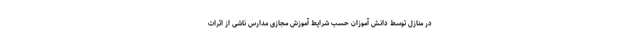
در منازل توسط دانش آموزان حسب شرایط آموزش مجازی مدارس ناشی از اثرات